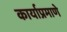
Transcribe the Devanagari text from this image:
कार्याप्रमाणे